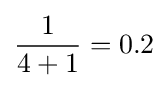
{\frac {1}{4+1}}=0.2